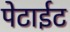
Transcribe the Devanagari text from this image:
पेटाईट